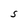
Character: S